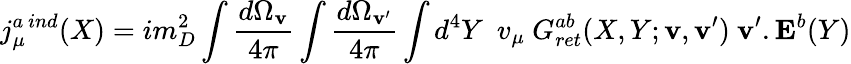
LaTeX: j_{\mu}^{a\ ind}(X)=im_{D}^{2}\int{\frac{d\Omega_{\mathbf v}}{4\pi}}\int{\frac{d\Omega_{\mathbf v^{\prime}}}{4\pi}}\int d^{4}Y\ \ v_{\mu}\ G_{ret}^{ab}(X,Y;{\mathbf v},{\mathbf v^{\prime}})\ {\mathbf v^{\prime}}.{\mathbf E}^{b}(Y)